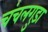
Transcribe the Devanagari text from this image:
चंचलगुड़ा